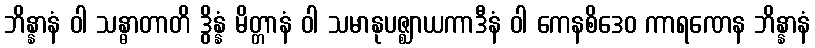
ဘိန္နာနံ ဝါ သန္ဓာတာတိ ဒွိန္နံ မိတ္တာနံ ဝါ သမာနုပဇ္ဈာယကာဒီနံ ဝါ ကေနစိဒေဝ ကာရဏေန ဘိန္နာနံ